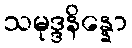
သမုဒ္ဒနိန္နော